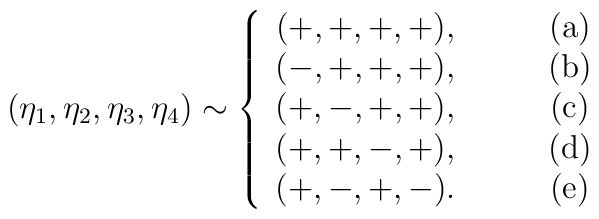
(\eta_1,\eta_2,\eta_3,\eta_4) \sim\left\{\begin{array}{cc}(+,+,+,+),& \qquad ({\rm a}) \\(-,+,+,+),& \qquad ({\rm b}) \\(+,-,+,+),& \qquad ({\rm c}) \\(+,+,-,+),& \qquad ({\rm d}) \\(+,-,+,-).& \qquad ({\rm e})\end{array}\right.